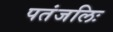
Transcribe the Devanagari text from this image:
पतंजलिः